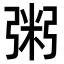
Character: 粥